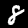
Digit: 8